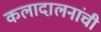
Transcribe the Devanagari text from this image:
कलादालनांची